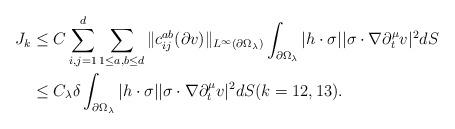
LaTeX: \begin{align*} J_{k} &\leq C \sum_{i,j=1}^d \sum_{1 \leq a,b \leq d} \|c^{ab}_{ij}(\partial v) \|_{L^\infty(\partial \Omega_\lambda)} \int_{\partial \Omega_{\lambda}} |h\cdot \sigma | |\sigma \cdot \nabla \partial_t^\mu v|^2 dS \\ &\leq C_\lambda \delta \int_{\partial \Omega_{\lambda}} |h\cdot \sigma | |\sigma \cdot \nabla \partial_t^\mu v|^2 dS (k=12,13).\end{align*}